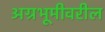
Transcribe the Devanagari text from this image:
अग्रभूमीवरील